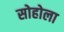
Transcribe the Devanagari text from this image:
सोहोला